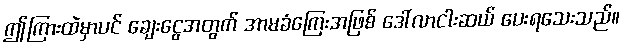
ဤကြားထဲမှာပင် ချေးငွေအတွက် အာမခံကြေးအဖြစ် ဒေါ်လာငါးဆယ် ပေးရသေးသည်။